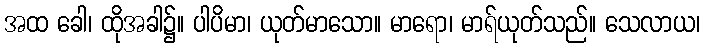
အထ ခေါ၊ ထိုအခါ၌။ ပါပိမာ၊ ယုတ်မာသော။ မာရော၊ မာရ်ယုတ်သည်။ သေလာယ၊